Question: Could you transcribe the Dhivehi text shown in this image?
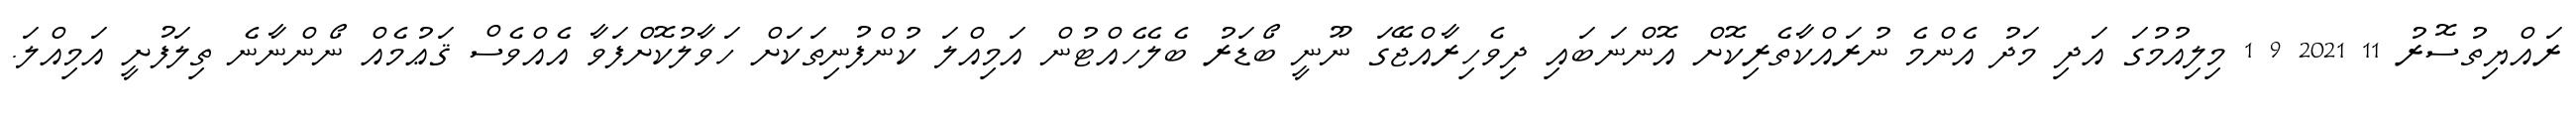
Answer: ރައްޔިތުސޮރު 11 2021 9 1 މިލިއުމުގަ އަދި މަދު އެންމެ ނުރައްކާތެރިކޮށް އޮންނަބައި ދިވެހިރާއްޖޭގަ ނޫނީ ބޯޑަރު ބެލެހެއްޓުން އަމިއްލަ ކުންފުނިތަކަށް ހަވާލުކޮށްފަވާ އެއްވެސް ޤަޢުމެއް ނޯންނާނެ ތިލަފުށީ އަމިއްލަ.